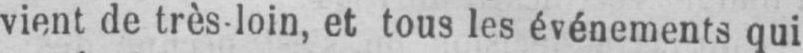
vient de très-loin, et tous les événements qui